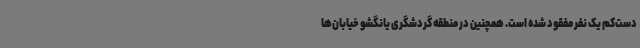
دست‌کم یک نفر مفقود شده است. همچنین در منطقه گردشگری یانگشو خیابان‌ها